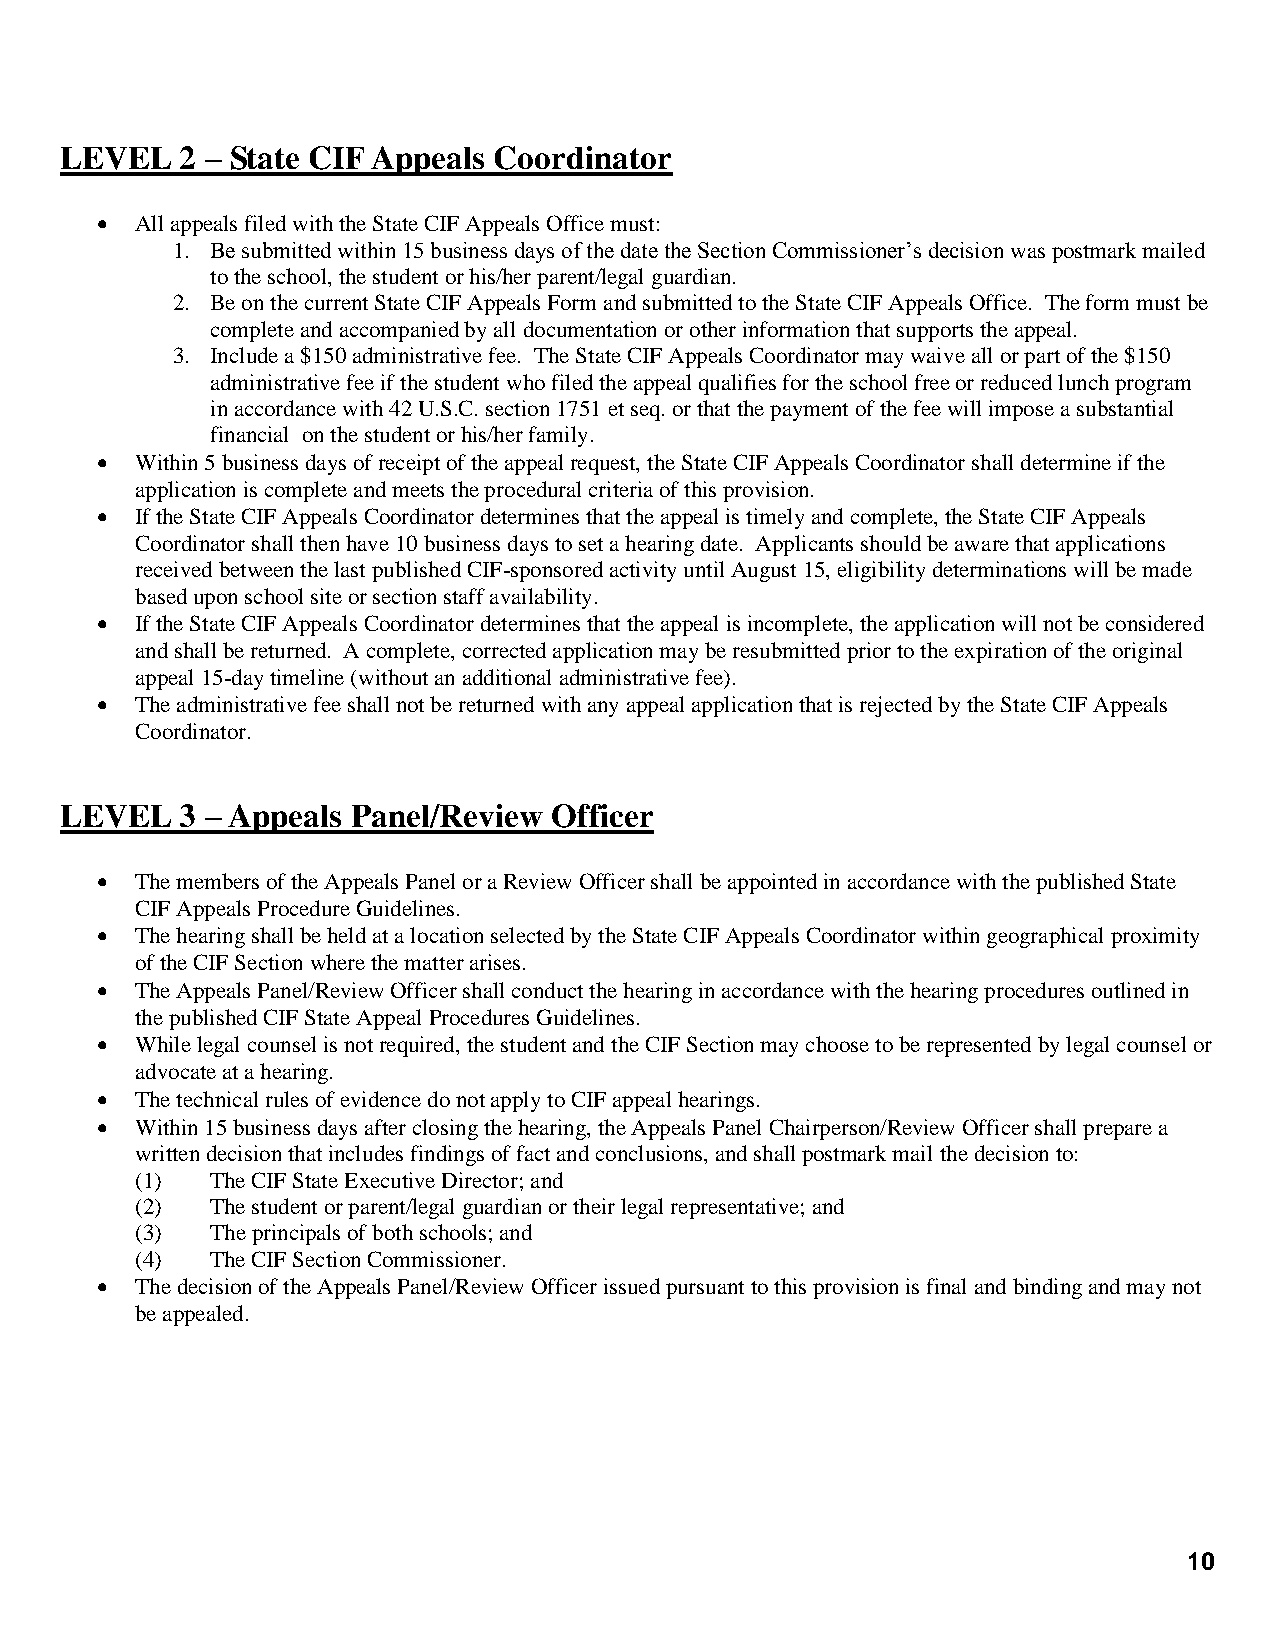
LEVEL   2 – State CIF Appeals Coordinator
   All appeals filed with the State CIF Appeals Office must:
 1. Be submitted within 15 business days of the date the Section Commissioner’s decision was postmark mailed
 to the school, the student or his/her parent/legal guardian.
 2. Be on the current State CIF Appeals Form and submitted to the State CIF Appeals Office. The form must be
 complete and accompanied by all documentation or other information that supports the appeal.
 3. Include a $150 administrative fee. The State CIF Appeals Coordinator may waive all or part of the $150
 administrative fee if the student who filed the appeal qualifies for the school free or reduced lunch program
 in accordance with 42 U.S.C. section 1751 et seq. or that the payment of the fee will impose a substantial
 financial on the student or his/her family.
   Within 5 business days of receipt of the appeal request, the State CIF Appeals Coordinator shall determine if the
 application is complete and meets the procedural criteria of this provision.
   If the State CIF Appeals Coordinator determines that the appeal is timely and complete, the State CIF Appeals
 Coordinator shall then have 10 business days to set a hearing date. Applicants should be aware that applications
 received between the last published CIF-sponsored activity until August 15, eligibility determinations will be made
 based upon school site or section staff availability.
   If the State CIF Appeals Coordinator determines that the appeal is incomplete, the application will not be considered
 and shall be returned. A complete, corrected application may be resubmitted prior to the expiration of the original
 appeal 15-day timeline (without an additional administrative fee).
   The administrative fee shall not be returned with any appeal application that is rejected by the State CIF Appeals
 Coordinator.
 LEVEL   3 – Appeals Panel/Review Officer
   The members of the Appeals Panel or a Review Officer shall be appointed in accordance with the published State
 CIF Appeals Procedure Guidelines.
   The hearing shall be held at a location selected by the State CIF Appeals Coordinator within geographical proximity
 of the CIF Section where the matter arises.
   The Appeals Panel/Review Officer shall conduct the hearing in accordance with the hearing procedures outlined in
 the published CIF State Appeal Procedures Guidelines.
   While legal counsel is not required, the student and the CIF Section may choose to be represented by legal counsel or
 advocate at a hearing.
   The technical rules of evidence do not apply to CIF appeal hearings.
   Within 15 business days after closing the hearing, the Appeals Panel Chairperson/Review Officer shall prepare a
 written decision that includes findings of fact and conclusions, and shall postmark mail the decision to:
 (1)  The CIF State Executive Director; and
 (2)  The student or parent/legal guardian or their legal representative; and
 (3)  The principals of both schools; and
 (4)  The CIF Section Commissioner.
   The decision of the Appeals Panel/Review Officer issued pursuant to this provision is final and binding and may not
 be appealed.
 10